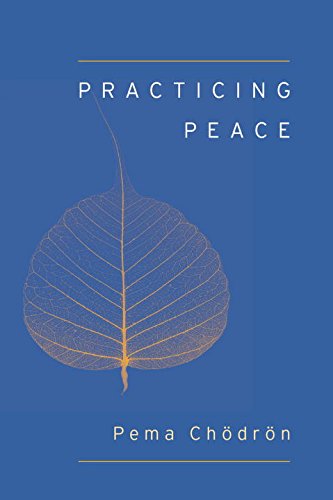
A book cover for Practicing Peace (Shambhala Pocket Classic) (Shambhala Pocket Classics); Pema Chodron; Religion & Spirituality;